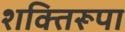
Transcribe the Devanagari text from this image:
शक्तिरूपा